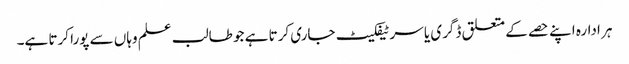
ہر ادارہ اپنے حصے کے متعلق ڈگری یا سرٹیفکیٹ جاری کرتا ہے جو طالب علم وہاں سے پورا کرتا ہے۔